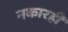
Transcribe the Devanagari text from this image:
नकारही